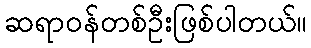
ဆရာဝန်တစ်ဦးဖြစ်ပါတယ်။